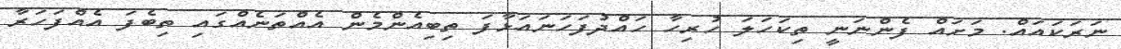
ނަރަކައައް. މަށައް ފެންނަނީ ތިކަހަލަ ހުރިހާ ހައްދުފަހަނައަޅާފަ ތިބިއެންމެން އެއްތަނެއްގައި ތިބެފަ އެއްފަހަރާ